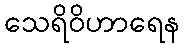
သေရိဝိဟာရေန